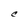
Character: C